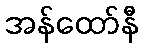
အန်ထော်နီ